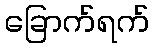
ခြောက်ရက်